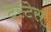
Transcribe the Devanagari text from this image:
टेस्टेस